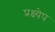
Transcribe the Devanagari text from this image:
प्रक्ष्येप